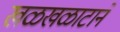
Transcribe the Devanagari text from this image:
खळखळाटाने